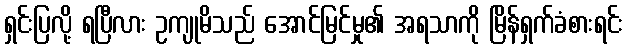
ရှင်းပြလို့ ရပြီလား ဥကျုမိသည် အောင်မြင်မှု၏ အရသာကို မြိန်ရှက်ခံစားရင်း